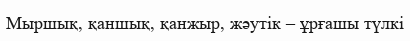
Мыршық, қаншық, қанжыр, жәутік – ұрғашы түлкі